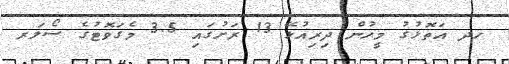
ހދ އަތޮޅުގު މީހުން ދިރިއުޅޭ 13 ރަށުގައި 3.5 މެގަވޮޓުގެ ސޯލަރ